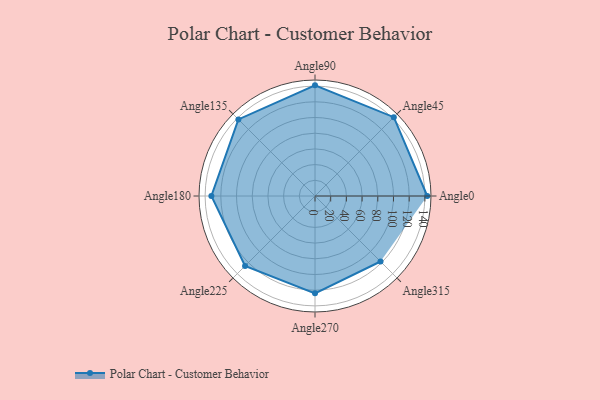
{"axis": {"x": "Angle", "y": "Radius"}, "legend": [""], "data": [{"x": "Angle0", "y": 143.0, "type": ""}, {"x": "Angle45", "y": 142.0, "type": ""}, {"x": "Angle90", "y": 141.0, "type": ""}, {"x": "Angle135", "y": 138.0, "type": ""}, {"x": "Angle180", "y": 132.0, "type": ""}, {"x": "Angle225", "y": 126.0, "type": ""}, {"x": "Angle270", "y": 124.0, "type": ""}, {"x": "Angle315", "y": 118.0, "type": ""}]}